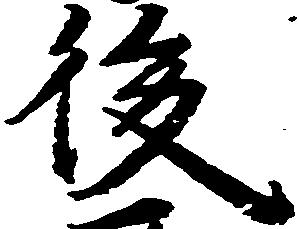
後